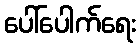
ပေါ်ပေါက်ရေး